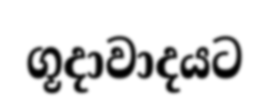
ගූදාවාදයට